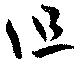
但